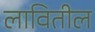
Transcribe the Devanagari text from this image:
लावितील